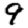
Digit: 9